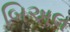
બિઅલ